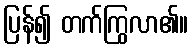
ပြန်၍ တက်ကြွလာ၏။